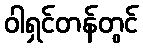
ဝါရှင်တန်တွင်